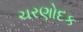
ચરણોદક